Triennial report on the lunatic asylums in the province of Eastern Bengal and Assam - 1903-1911
Year: 1903
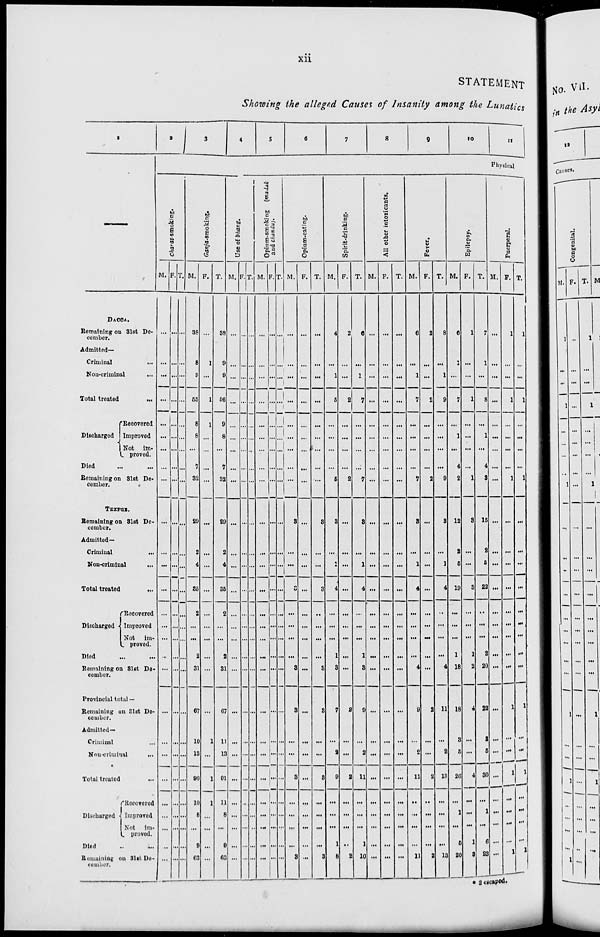
xii
STATEMENT
Showing the alleged Causes of Insanity among the Lunatics
1
—
DACCA.
Remaining on 31st De-
cember.
Admitted—
Criminal ...
Non-criminal ...
Total treated
...
Discharged
Recovered
Improved
Not
im-
proved.
Died
...
...
Remaining on 31st De-
cember.
TEZPUR.
Remaining on 31st De-
cember.
Admitted—
Criminal ...
Non-criminal ...
Total treated
...
Discharged
Recovered
Improved
Not
im-
proved.
Died ... ...
Remaining on 31st De-
cember.
Provincial total —
Remaining on 31st De-
cember.
Admitted —
Criminal ...
Non-criminal
...
Total treated ...
Discharged
Recovered
Improved
Not
im-
proved.
Died ... ...
Remaining on 31st De-
cember.
2
3
4
5
6
7
8
9
10
11
Physical
Charas- smoking.
M.
...
...
...
...
...
...
...
...
...
...
...
...
...
...
...
...
...
...
...
...
...
...
...
...
...
...
F.
...
...
...
...
...
...
...
...
...
...
...
...
...
...
...
...
...
...
...
...
...
...
...
...
...
...
...
T.
...
...
...
...
...
...
...
...
...
...
...
...
...
..
...
..
...
...
...
...
...
...
...
...
...
...
Ganja-smoking.
M.
38
8
9
55
8
8
...
7
32
29
2
4
35
2
...
...
2
31
67
10
13
90
10
8
...
9
63
F.
...
1
...
1
1
...
...
...
...
...
...
...
...
...
...
...
...
...
...
1
...
1
1
...
...
...
...
T.
38
9
9
56
9
8
...
7
32
29
2
4
35
2
...
...
2
31
67
11
13
91
11
8
...
9
63
Use of
bhang.
M.
...
...
...
...
...
...
...
...
...
...
...
...
...
...
...
...
...
...
...
...
...
...
...
...
...
...
F.
...
...
...
...
...
...
...
...
...
...
...
...
...
...
...
...
...
...
...
...
...
...
...
...
...
...
...
T.
...
...
...
...
...
...
...
...
...
...
...
...
...
...
...
...
...
...
...
...
...
...
...
...
...
...
Opium-smoking (madak
and chandu).
M.
...
...
...
...
...
...
...
...
...
...
...
...
...
...
...
...
...
...
...
...
...
...
...
...
...
...
F.
...
...
...
...
...
...
...
...
...
...
...
...
...
...
...
...
...
...
...
...
...
...
...
...
...
...
...
T.
...
...
...
...
...
...
...
...
...
...
...
...
...
...
...
...
...
...
...
...
...
...
...
...
...
...
...
Opium-eating.
M.
...
...
...
...
...
...
...
...
...
3
...
...
3
...
...
...
...
3
3
...
...
3
...
...
...
...
3
F.
...
...
...
...
...
...
...
...
...
...
...
...
...
...
...
...
...
...
...
...
...
...
...
...
...
...
...
T.
...
...
...
...
...
...
...
...
...
3
...
...
3
...
...
...
...
3
3
...
...
3
...
...
...
...
3
Spirit-drinking.
M.
4
...
1
5
...
...
...
...
5
3
...
1
4
...
...
...
1
3
7
...
2
9
...
...
...
1
8
F.
2
...
...
2
...
...
...
...
2
...
...
...
...
...
...
...
...
...
2
...
...
2
...
...
...
...
2
T.
6
...
1
7
...
...
...
...
7
3
...
1
4
...
...
...
1
3
9
...
2
11
...
...
...
1
10
All other intoxicants.
M.
...
...
...
...
...
...
...
...
...
...
...
...
...
...
...
...
...
...
...
...
...
...
...
...
...
...
...
F.
...
...
...
...
...
...
...
...
...
...
...
...
...
...
...
...
...
...
...
...
...
...
...
...
...
...
...
T.
...
...
...
...
...
...
...
...
...
...
...
...
...
...
...
...
...
...
...
...
...
...
...
...
...
...
...
Fever.
M.
6
...
1
7
...
...
...
...
7
3
...
1
4
...
...
...
...
4
9
...
2
11
...
....
...
...
11
F.
2
...
...
2
...
...
...
...
2
...
...
...
...
...
...
...
...
...
2
...
...
2
...
...
...
...
2
T.
8
...
1
9
...
...
...
...
9
3
...
1
4
...
...
...
...
4
11
...
2
13
...
...
...
...
13
Epilepsy.
M.
6
1
...
7
...
1
...
4
2
12
2
5
19
...
...
...
1
18
18
3
5
26
...
1
...
5
20
F.
1
...
...
1
...
...
...
...
1
3
...
...
3
...
...
...
1
2
4
...
...
4
...
...
...
1
3
T.
7
1
...
8
...
1
...
4
3
15
2
5
22
...
...
...
2
20
22
3
5
30
...
1
...
6
23
Puerperal.
M.
...
...
...
...
...
...
...
...
...
...
...
...
...
...
...
...
...
...
...
...
...
...
...
...
...
...
...
F.
1
...
...
1
...
...
...
...
1
...
...
...
...
...
...
...
...
...
1
...
...
1
...
...
...
...
1
T.
1
...
...
1
...
...
...
...
1
...
...
...
...
...
...
...
...
...
1
...
...
1
...
...
...
...
1
* 2 escaped.